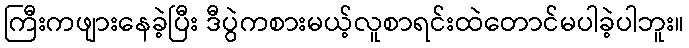
ကြီးကဖျားနေခဲ့ပြီး ဒီပွဲကစားမယ့်လူစာရင်းထဲတောင်မပါခဲ့ပါဘူး။